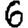
Digit: 6